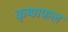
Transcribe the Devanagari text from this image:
कृष्णफल